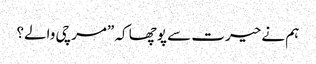
ہم نے حیرت سے پوچھا کہ ”مرچی والے؟